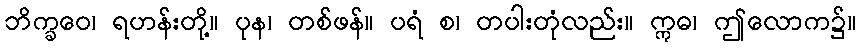
ဘိက္ခဝေ၊ ရဟန်းတို့။ ပုန၊ တစ်ဖန်။ ပရံ စ၊ တပါးတုံလည်း။ ဣဓ၊ ဤလောက၌။